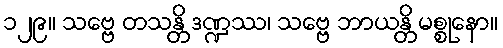
၁၂၉။ သဗ္ဗေ တသန္တိ ဒဏ္ဍဿ၊ သဗ္ဗေ ဘာယန္တိ မစ္စုနော။